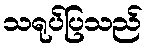
သရုပ်ပြသည်